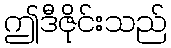
ဤဒီဇိုင်းသည်